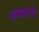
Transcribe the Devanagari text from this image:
अब्जाचे